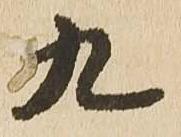
九